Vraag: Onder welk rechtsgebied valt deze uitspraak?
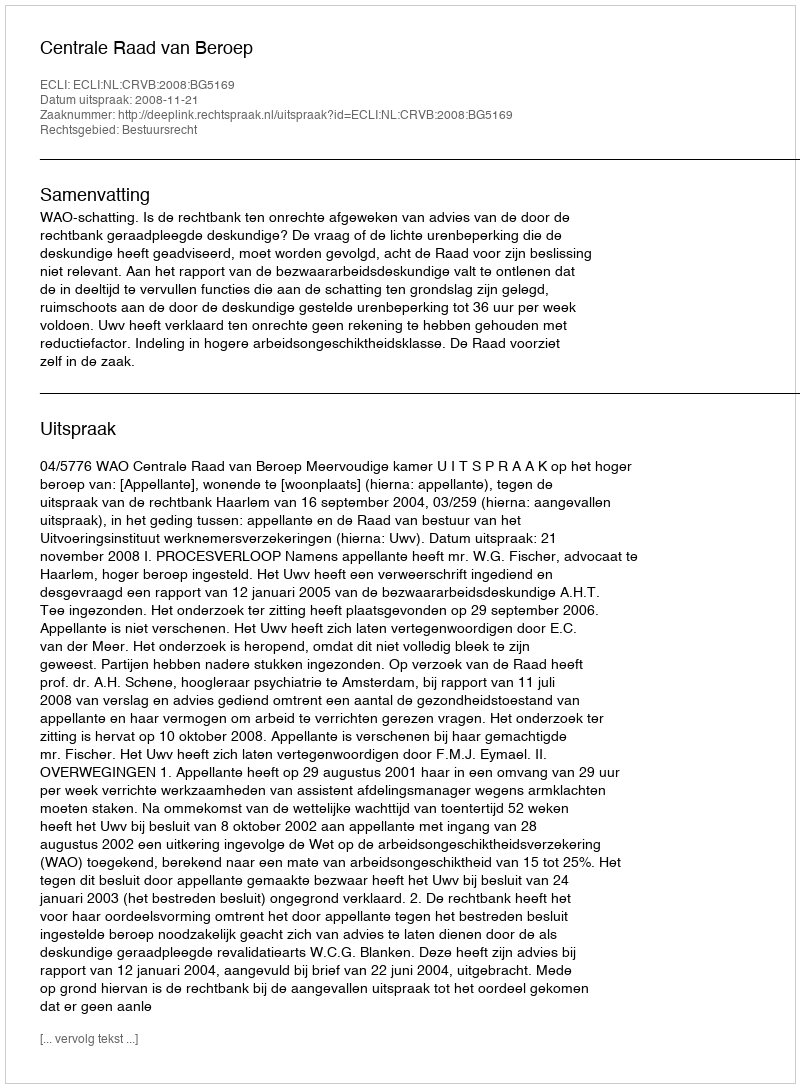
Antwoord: Bestuursrecht